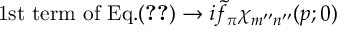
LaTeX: \mathrm { 1 s t ~ t e r m ~ o f ~ E q . } ( \ref { A E Q : H 0 9 1 0 0 7 : 1 6 } ) \to i \tilde { f } _ { \pi } \chi _ { m ^ { \prime \prime } n ^ { \prime \prime } } ( p ; 0 )